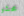
محشو